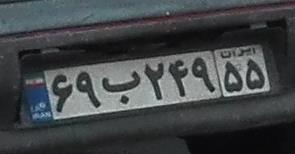
۶۹ب۲۴۹۵۵